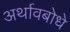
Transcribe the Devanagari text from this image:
अर्थावबोधे